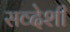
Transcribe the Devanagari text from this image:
सव्देशी